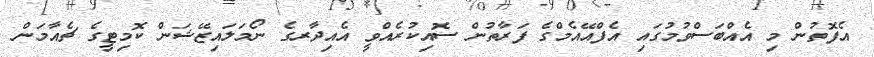
އެފޮތުން މި އެއްބަސްވުމުގައި އެފްއޭއެމްގެ ފަރާތުން ސޮއިކުރެއްވީ އެއިދާރގެ ނޯމަލައިޒޭޝަން ކޮމިޓީގެ ޗެއާމަން